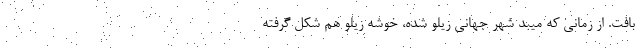
بافت. از زمانی که میبد شهر جهانی زیلو شده، خوشه زیلو هم شکل گرفته